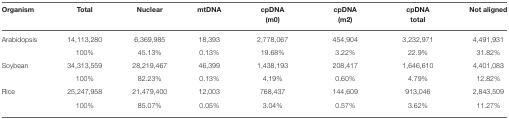
| Organism | Total | Nuclear | mtDNA | cpDNA (m0) | cpDNA (m2) | cpDNA total | Not aligned |
 | --- | --- | --- | --- | --- | --- | --- | --- |
 | Arabidopsis | 14,113,280 | 6,369,985 | 18,393 | 2,778,067 | 454,904 | 3,232,971 | 4,491,931 |
 |  | 100% | 45.13% | 0.13% | 19.68% | 3.22% | 22.9% | 31.82% |
 | Soybean | 34,313,559 | 28,219,467 | 46,399 | 1,438,193 | 208,417 | 1,646,610 | 4,401,083 |
 |  | 100% | 82.23% | 0.13% | 4.19% | 0.60% | 4.79% | 12.82% |
 | Rice | 25,247,958 | 21,479,400 | 12,003 | 768,437 | 144,609 | 913,046 | 2,843,509 |
 |  | 100% | 85.07% | 0.05% | 3.04% | 0.57% | 3.62% | 11.27% |